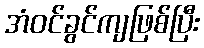
အံဝင်ခွင်ကျဖြစ်ပြီး